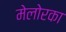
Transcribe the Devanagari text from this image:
मेलोरका